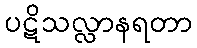
ပဋိသလ္လာနရတာ